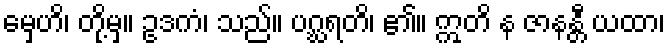
မှေဟိ၊ တို့မှ။ ဥဒကံ၊ သည်။ ပဂ္ဃရတိ၊ ၏။ ဣတိ န ဇာနန္တီ ယထာ၊